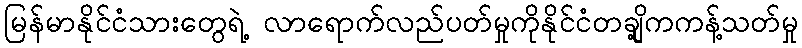
မြန်မာနိုင်ငံသားတွေရဲ့ လာရောက်လည်ပတ်မှုကိုနိုင်ငံတချို့ကကန့်သတ်မှု